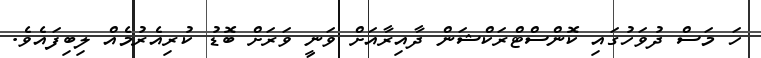
ހަ މަސް ދުވަހުގައި ކޮންސްޓްރަކްޝަން ދާއިރާއަށް ވަނީ ވަރަށް ބޮޑު ކުރިއެރުމެއް ލިބިފައެވެ.